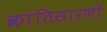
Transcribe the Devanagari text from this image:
क्रांतिसारणी